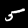
Digit: 5